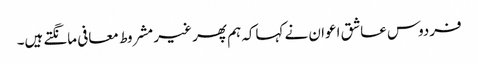
فردوس عاشق اعوان نے کہاکہ ہم پھر غیر مشروط معافی مانگتے ہیں۔